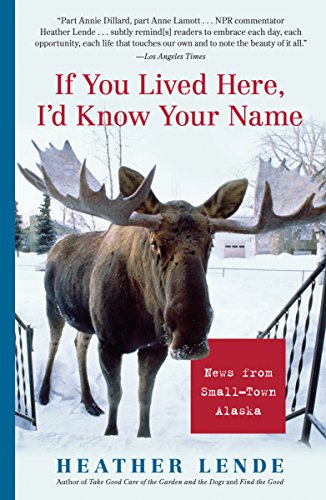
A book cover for If You Lived Here, I'd Know Your Name: News from Small-Town Alaska; Heather Lende; Biographies & Memoirs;